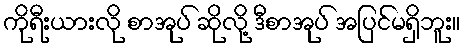
ကိုရီးယားလို စာအုပ် ဆိုလို့ ဒီစာအုပ် အပြင်မရှိဘူး။